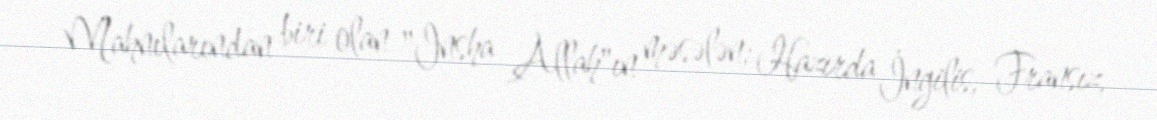
Mahnılarından biri olan "Insha Allah"ın məsələn; Hazırda İngilis, Fransız,